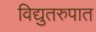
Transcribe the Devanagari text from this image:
विद्युतरुपात